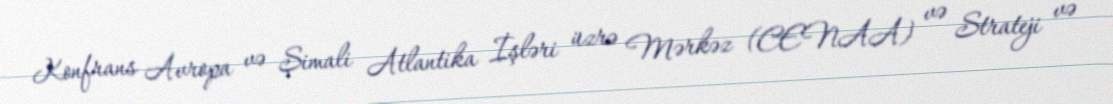
Konfrans Avropa və Şimali Atlantika İşləri üzrə Mərkəz (CENAA) və Strateji və